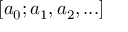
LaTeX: [ a _ { 0 } ; a _ { 1 } , a _ { 2 } , . . . ]